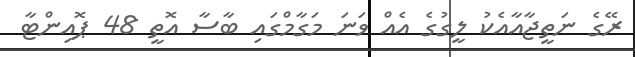
ރޭގެ ނަތީޖާއާއެކު ލީގުގެ އެއް ވަނަ މަގާމްގައި ބާސާ އޮތީ 48 ޕޮއިންޓާ